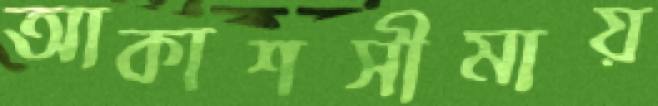
আকাশসীমায়